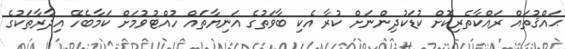
ޙައްޤުތައް ރައްކާތެރިކޮށް ކުޑަކުދިންނަށް ކުރާ އެކި ބާވަތުގެ އަނިޔާތައް ހުއްޓުވުމަށް ކަމާބެހޭ އިދާރާތަކުގެ